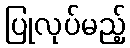
ပြုလုပ်မည့်